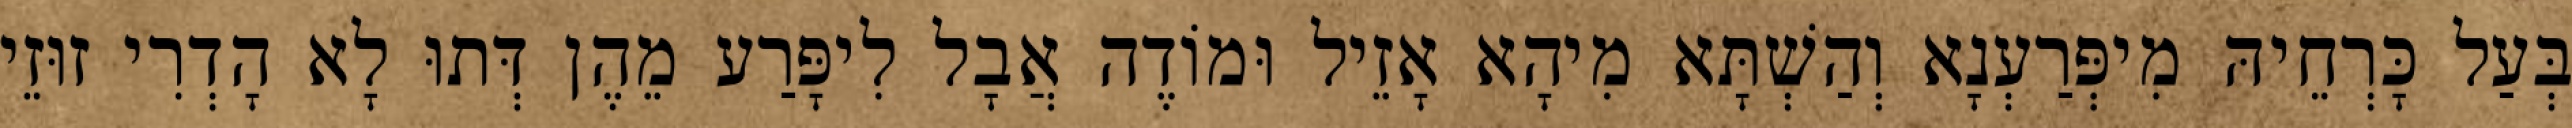
בְּעַל כָּרְחֵיהּ מִיפְּרַעְנָא וְהַשְׁתָּא מִיהָא אָזֵיל וּמוֹדֶה אֲבָל לִיפָּרַע מֵהֶן דְּתוּ לָא הָדְרִי זוּזֵי